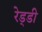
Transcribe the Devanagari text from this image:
रेड्‌डी